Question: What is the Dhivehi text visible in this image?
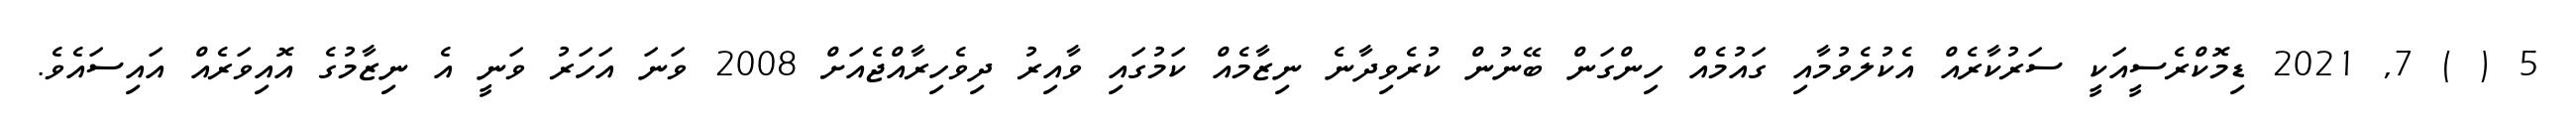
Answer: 5 ( ) 7, 2021 ޑިމޮކްރެސީއަކީ ސަރުކާރެއް އެކުލެވުމާއި ގައުމެއް ހިންގަން ބޭނުން ކުރެވިދާނެ ނިޒާމެއް ކަމުގައި ވާއިރު ދިވެހިރާއްޖެއަށް 2008 ވަނަ އަހަރު ވަނީ އެ ނިޒާމުގެ އޮއިވަރެއް އައިސައެވެ.